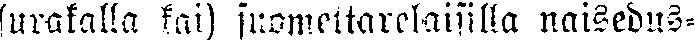
(urakalla kai) suomettarilaisilla naisedus-